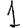
Digit: 1